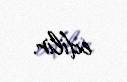
edilir.